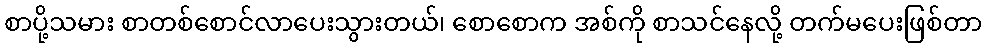
စာပို့သမား စာတစ်စောင်လာပေးသွားတယ်၊ စောစောက အစ်ကို စာသင်နေလို့ တက်မပေးဖြစ်တာ